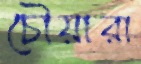
চৌয়ারা